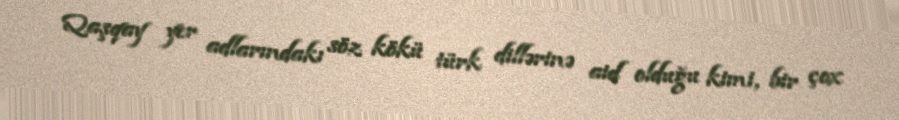
Qaşqay yer adlarındakı söz kökü türk dillərinə aid olduğu kimi, bir çox